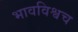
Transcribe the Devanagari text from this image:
भावविश्वच